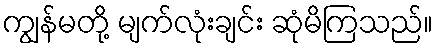
ကျွန်မတို့ မျက်လုံးချင်း ဆုံမိကြသည်။